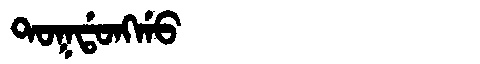
Manchu: ᡨᠣᡴᡩᠣᠩᡤᠣ
Romanization: TOKDONGGO